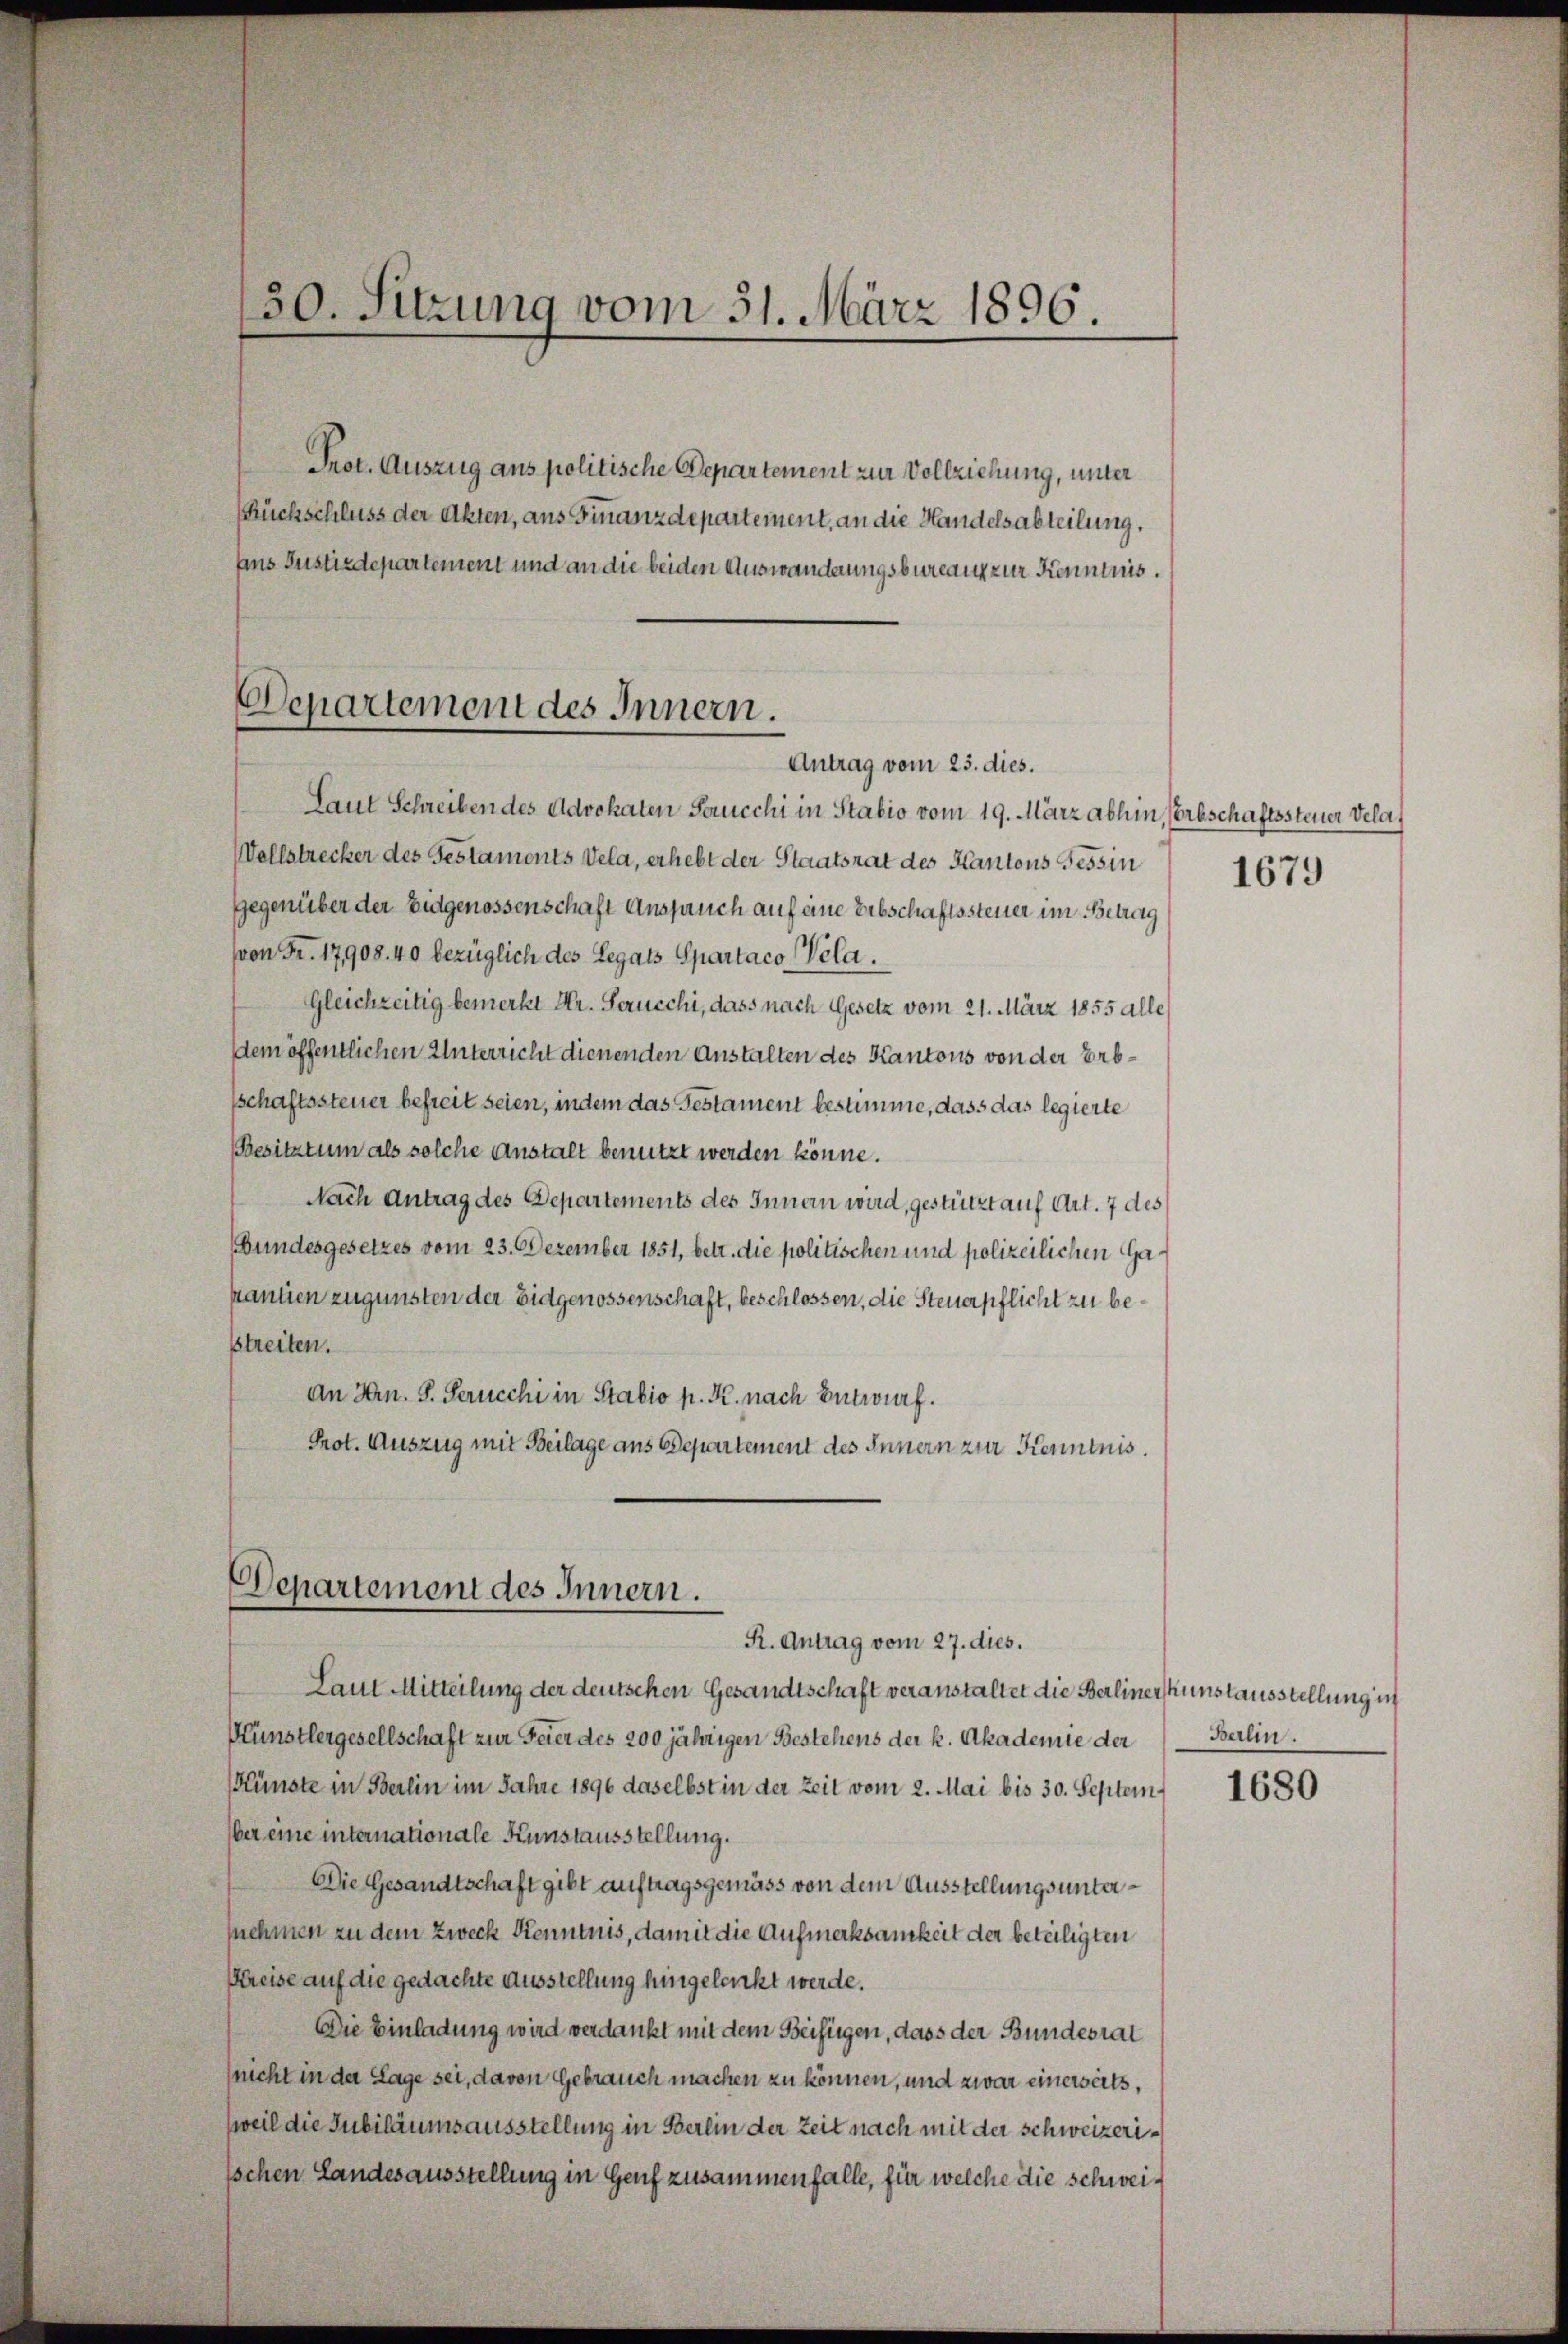
30. Sitzung vom 31. März 1896.
Prot. Auszug aus politische Departement zur Vollziehung, unter
Rückschluss der Akten, aus Finanzdepartement, an die Handelsabteilung,
fens Justizdepartement und an die beiden Auswanderungsbureau zur Kenntnis.

Antrag vom 23. dies.

Laut Schreiben des Advokaten Saucchi in Stabio vom 19. März abhin, Erbschaftssteuer Vela¬
Vellstrecker des Gestamonts Vela, erhebt der Staatsrat des Kantons Tessin 1679
gegenüber der Eidgenossenschaft Anspruch auf eine Erbschaftssteuer im Betrag
(von Fr. 17908. 40 bezüglich des Legats Spartaco Pola.
Gleichzeitig bemerkt Hr. Serucchi, dass nach Gesetz vom 21. März 1855 alle
dem öffentlichen Unterricht dienenden Anstalten des Kantons von der Erbsschaftssteuer befreit seien, indem das Gestament bestimme, dass das legierte
Besitztum als solche Anstalt benutzt werden könne.
Nach Antrag des Departements des Innern wird, gestützt auf Art. 7 des
Bundesgesetzes vom 23. Dezember 1851, betr. die politischen und polizeilichen Gapantien zugunsten der Eidgenossenschaft, beschlossen, die Steuerpflicht zu bestreiten.
An Hrn. S. Perucchi in Stabio p. K. nach Entwurf.
Prot. Auszug mit Beilage aus Departement des Innern zur Kenntnis.

Departement des Innern.
R. Antrag vom 27. dies.

Departemont des Innern.

Laut Mitteilung der deutschen Gesandtschaft veranstaltet die Berliner Kunstausstellung in
Münstlergesellschaft zur Feier des 200 jährigen Bestehens der k. Akademie der Berlin.
Künste in Berlin im Jahre 1896 daselbst in der Zeit vom 2. Mai bis 30. Septem
ber eine internationale Kunstausstellung.
Die Gesandtschaft gibt auftragsgemäss von dem Ausstellungsunternehmen in dem Zweck Kenntnis, damit die Aufmerksamkeit der beteiligten
Kreise auf die gedachte Ausstellung hingeleicht werde.
Die Einladung wird verdankt mit dem Beifügen, dass der Bundesrat
(nicht in der Lage sei, davon Gebrauch machen zu können, und zwar einerseits,
weil die Jubiläumsausstellung in Berlin der Zeit nach mit der Schweizeri¬
Ischen Landesausstellung in Genf zusammenfalle, für welche die schwei¬

1680